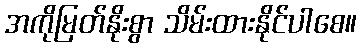
အကိုမြတ်နိုးစွာ သိမ်းထားနိုင်ပါစေ။